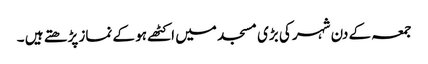
جمعہ کے دن شہر کی بڑی مسجد میں اکٹھے ہو کے نماز پڑھتے ہیں ۔